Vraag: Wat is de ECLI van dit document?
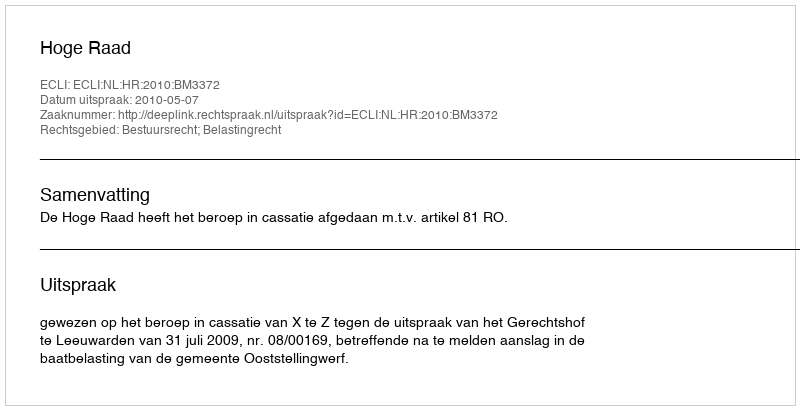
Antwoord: ECLI:NL:HR:2010:BM3372